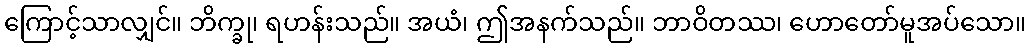
ကြောင့်သာလျှင်။ ဘိက္ခု၊ ရဟန်းသည်။ အယံ၊ ဤအနက်သည်။ ဘာဝိတဿ၊ ဟောတော်မူအပ်သော။